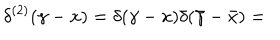
\delta ^ { ( 2 ) } ( \gamma - x ) = \delta ( \gamma - x ) \delta ( \bar { \gamma } - \bar { x } ) =